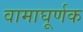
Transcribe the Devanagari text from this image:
वामाघूर्णक